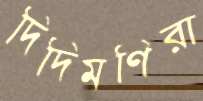
দিদিমণিরা